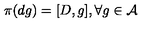
\pi ( d g ) = [ D , g ] , \forall g \in { \cal A }